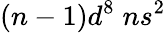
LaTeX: (n-1)d^{8}\; ns^{2}